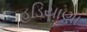
હડિયાણા